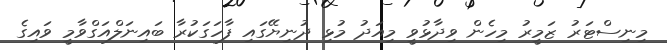
މިނިސްޓަރު ޒަމީރު މިހެން ވިދާޅުވީ މިއަދު މުޅި ދުނިޔޭގައި ފާހަގަކުރާ ބައިނަލްއަގްވާމީ ވައިގެ